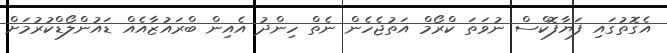
އެގޮތުގައި ފަޔާފޮކްސް ނުވަތަ ކްރޯމް އަތުޖެހެން ނެތް ހިންދު އެއިން ބްރައުޒާއެއް ޑައުންލޯޑްކުރުމަށް